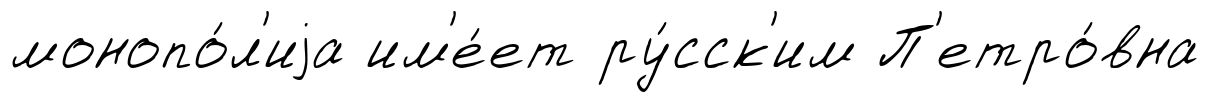
монопо́л'иjа им'е́ет ру́сск'им П'етро́вна